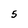
Character: 5